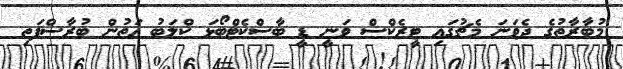
މުބާރާތުގެ ދެވަނަ މެޗުގައި ޓީރެކްސް ވަނީ ޑީ ބާސްކެޓްބޯޅަ ކްލަބު އަތުން ބުރާސްފަތި